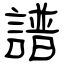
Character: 譜